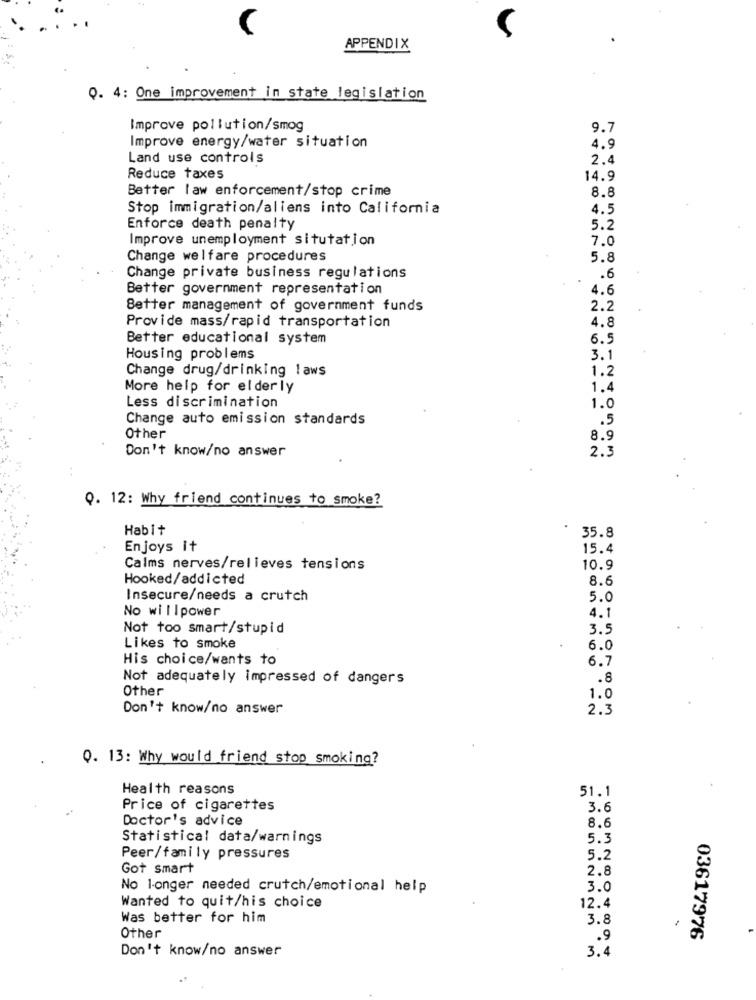
APPENDIX
Q. 4: One improvement in state legislation
Improve pollution/smog
9.7
Improve energy/water situation
4.9
Land use controls
2.4
Reduce taxes
14.9
Better law enforcement/stop crime
8.8
Stop immigration/aliens into California
4.5
Enforce death penalty
5.2
Improve unemployment situtation
7.0
Change welfare procedures
5.8
Change private business regulations
.6
Better government representation
4.6
Better management of government funds
2.2
Provide mass/rapid transportation
4.8
Better educational system
6.5
Housing problems
3.1
Change drug/drinking laws
1.2
More help for elderly
1.4
Less discrimination
1.0
Change auto emission standards
.5
Other
8.9
Don't know/no answer
2.3
Q. 12: Why friend continues to smoke?
Habit
35.8
Enjoys it
15.4
Calms nerves/relieves tensions
10.9
Hooked/addicted
8.6
Insecure/needs a crutch
5.0
No willpower
4.1
Not too smart/stupid
3.5
Likes to smoke
6.0
His choice/wants to
6.7
Not adequately impressed of dangers
.8
Other
1.0
Don't know/no answer
2.3
Q. 13: Why would friend stop smoking?
Health reasons
51.1
Price of cigarettes
3.6
Doctor's advice
8.6
Statistical data/warnings
5.3
Peer/family pressures
5.2
Got smart
2.8
No longer needed crutch/emotional help
3.0
Wanted to quit/his choice
12.4
Was better for him
3.8
Other
.9
03617976
Don't know/no answer
3.4